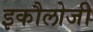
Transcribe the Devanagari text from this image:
इकौलोजी